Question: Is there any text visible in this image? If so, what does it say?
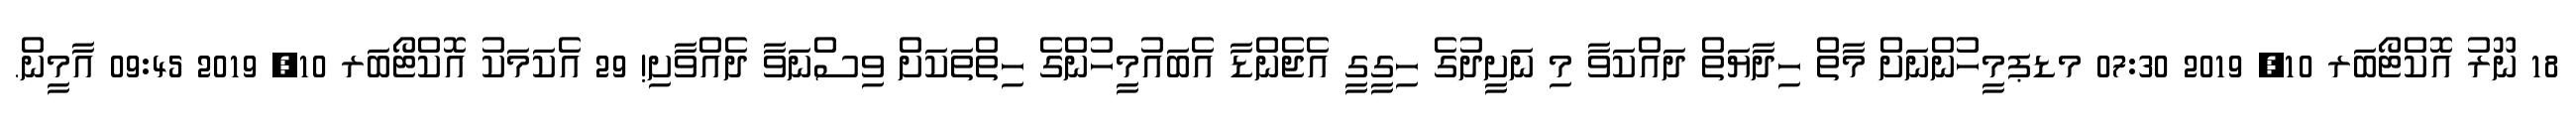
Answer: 18 ނޫރު އޮކްޓޯބަރ 10, 2019 07:30 މޑޕމީހުންނަށް މާތް ހިދާޔަތް ދައްކަވާ މި ނަށީދުގެ ހިގީގީ އެޖެންޑާ އެބައުމީހުންގެ ހިތްތަކަށް ވިސްނަވާ ދެއްވާށި! 29 އެކަމަކު އޮކްޓޯބަރ 10, 2019 09:45 އާމީން.